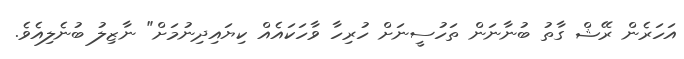
އަހަރެން ރޭޝް ގާތު ބުނާނަން ތަހުސީނަށް ހުރިހާ ވާހަކައެއް ކިޔައިދިނުމަށް" ނާޒިލު ބުނެލިއެވެ.